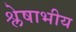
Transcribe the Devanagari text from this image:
श्लेषाभीय